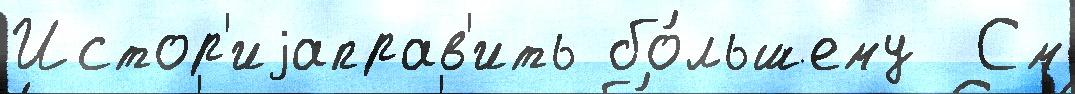
Истор'иjаправ'ить бо́льшему  См